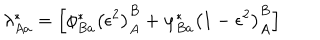
\lambda _ { A a } ^ { * } = \left[ \phi _ { B a } ^ { * } \left( \epsilon ^ { 2 } \right) _ { A } ^ { B } + \varphi _ { B a } ^ { * } \left( 1 - \epsilon ^ { 2 } \right) _ { A } ^ { B } \right]